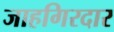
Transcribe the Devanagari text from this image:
जाहगिरदार